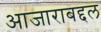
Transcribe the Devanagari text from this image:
आजाराबद्दल